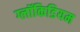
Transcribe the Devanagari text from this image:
ग्लॉकिडियम